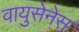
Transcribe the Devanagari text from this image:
वायुसेनेस